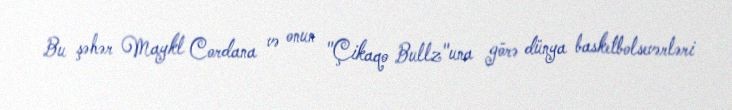
Bu şəhər Maykl Cordana və onun "Çikaqo Bullz"una görə dünya basketbolsevərləri